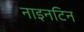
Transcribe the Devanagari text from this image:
नाइनटिन